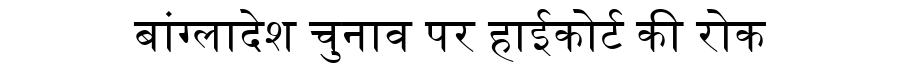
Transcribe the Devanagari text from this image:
बांग्लादेश चुनाव पर हाईकोर्ट की रोक